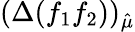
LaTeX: (\Delta(f_{1}f_{2}))_{\hat{\mu}}